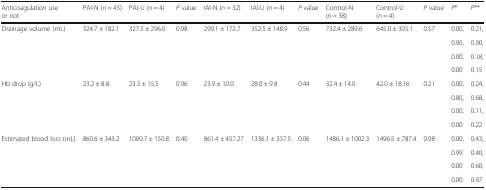
| Anticoagulation use or not | PAI-N (n = 45) | PAI-U (n = 4) | P value | IAI-N (n = 32) | IAI-U (n = 4) | P value | Control-N (n = 38) | Control-U (n = 4) | P value | P* | P** |
 | --- | --- | --- | --- | --- | --- | --- | --- | --- | --- | --- | --- |
 | <ROWSPAN=4> Drainage volume (mL) | <ROWSPAN=4> 324.7 ± 182.1 | <ROWSPAN=4> 327.5 ± 296.0 | <ROWSPAN=4> 0.98 | <ROWSPAN=4> 299.1 ± 172.7 | <ROWSPAN=4> 352.5 ± 148.9 | <ROWSPAN=4> 0.56 | <ROWSPAN=4> 732.4 ± 289.6 | <ROWSPAN=4> 645.0 ± 305.1 | <ROWSPAN=4> 0.57 | 0.00, | 0.21, |
 | 0.90, | 0.90, |
 | 0.00, | 0.18, |
 | 0.00 | 0.15 |
 | <ROWSPAN=4> Hb drop (g/L) | <ROWSPAN=4> 23.2 ± 8.8 | <ROWSPAN=4> 23.5 ± 15.5 | <ROWSPAN=4> 0.96 | <ROWSPAN=4> 23.9 ± 10.0 | <ROWSPAN=4> 28.0 ± 9.8 | <ROWSPAN=4> 0.44 | <ROWSPAN=4> 32.4 ± 14.0 | <ROWSPAN=4> 42.0 ± 18.16 | <ROWSPAN=4> 0.21 | 0.00, | 0.24, |
 | 0.80, | 0.68, |
 | 0.00, | 0.11, |
 | 0.00 | 0.22 |
 | <ROWSPAN=4> Estimated blood loss (mL) | <ROWSPAN=4> 860.6 ± 343.2 | <ROWSPAN=4> 1009.7 ± 150.8 | <ROWSPAN=4> 0.40 | <ROWSPAN=4> 861.4 ± 457.27 | <ROWSPAN=4> 1336.1 ± 337.5 | <ROWSPAN=4> 0.06 | <ROWSPAN=4> 1486.1 ± 1002.3 | <ROWSPAN=4> 1496.5 ± 787.4 | <ROWSPAN=4> 0.98 | 0.00, | 0.43, |
 | 0.99 | 0.40, |
 | 0.00 | 0.60, |
 | 0.00 | 0.97 |